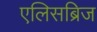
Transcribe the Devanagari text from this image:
एलिसब्रिज